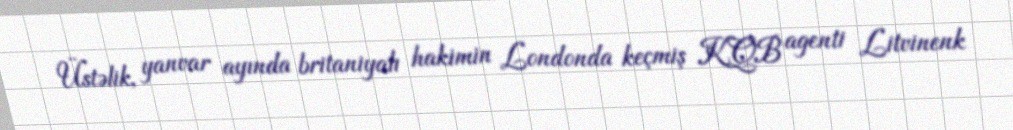
Üstəlik, yanvar ayında britaniyalı hakimin Londonda keçmiş KQB agenti Litvinenk